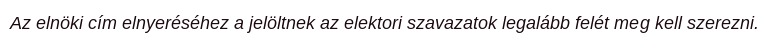
Az elnöki cím elnyeréséhez a jelöltnek az elektori szavazatok legalább felét meg kell szerezni.